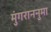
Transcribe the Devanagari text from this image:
मुंगराननुमा